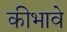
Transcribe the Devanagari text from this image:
कीभावे